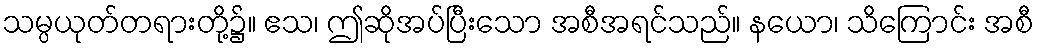
သမ္ပယုတ်တရားတို့၌။ ဧသ၊ ဤဆိုအပ်ပြီးသော အစီအရင်သည်။ နယော၊ သိကြောင်း အစီ